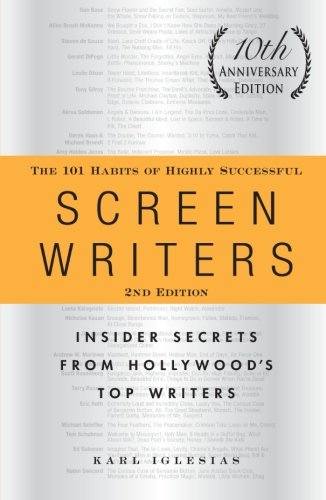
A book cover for The 101 Habits of Highly Successful Screenwriters, 10th Anniversary Edition: Insider Secrets from Hollywood's Top Writers; Karl Iglesias; Humor & Entertainment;